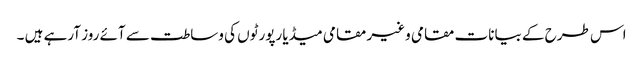
اس طرح کے بیانات مقامی وغیر مقامی میڈیا رپورٹوں کی وساطت سے آئے روز آرہے ہیں ۔